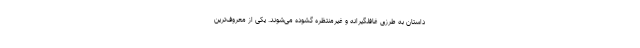
داستان به طرزی غافلگیرانه و غیرمنتظره گشوده می‌شوند. یکی از معروف‌ترین